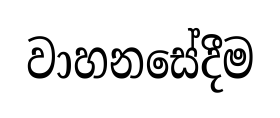
වාහනසේදීම